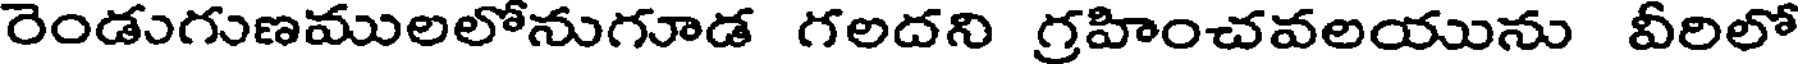
రెండుగుణములలోనుగూడ గలదని గ్రహించవలయును వీరిలో